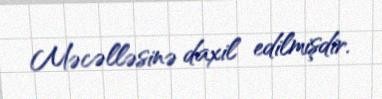
Məcəlləsinə daxil edilmişdir.